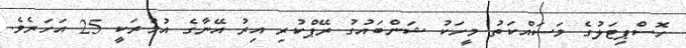
ހޮސްޕިޓަލުގެ މަސައްކަތު މީހަކު ޝަންބައުގު ރޭޕްކުރި އިރު އޭނާގެ އުމުރަކީ 25 އަހަރެވެ.